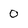
Character: 0